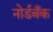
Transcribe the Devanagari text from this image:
नोर्डबँक